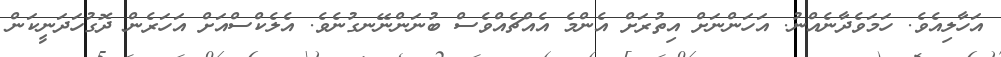
އަހާލިއެވެ. ހަމަވެދާނެއްނު. އަހަންނަށް އިތުރަށް އެންމެ އެއްޗެއްވެސް ބުނަންނޭނގުނެވެ. އެލެކްސްއަށް އަހަރެން ދޮގުހަދަނީކަން